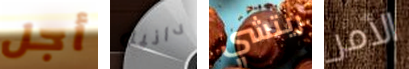
أجل دانيل ريتشي الأمر